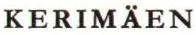
KERIMÄEN